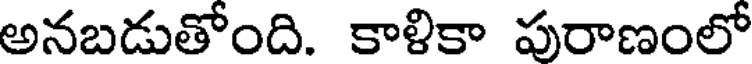
అనబడుతోంది. కాళికా పురాణంలో